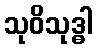
သုဝိသုဒ္ဓါ